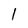
Character: 1